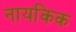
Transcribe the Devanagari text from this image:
नायकिक